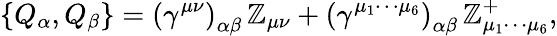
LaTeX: \left\{ Q_{\alpha},Q_{\beta}\right\} =\left(\gamma^{\mu\nu}\right)_{\alpha\beta}\, \mathbb{Z}_{\mu\nu}+\left(\gamma^{\mu_{1}\cdots\mu_{6}}\right)_{\alpha\beta}\, \mathbb{Z}_{\mu_{1}\cdots\mu_{6}}^{+},